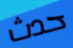
حدث